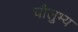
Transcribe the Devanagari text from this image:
चौलुभ्य